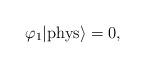
LaTeX: \begin{align*}\varphi_1|{\rm phys}\rangle=0, \end{align*}